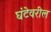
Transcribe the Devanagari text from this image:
घंटेवरील